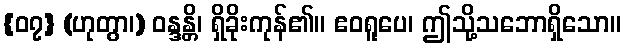
{၀၇} (ဟုတွာ၊) ဝန္ဒန္တိ၊ ရှိခိုးကုန်၏။ ဧဝရူပေ၊ ဤသို့သဘောရှိသော။